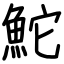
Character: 鮀